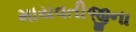
માયવતીજીના